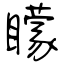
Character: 矇